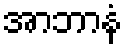
အာဘာနံ